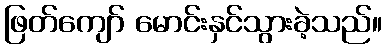
ဖြတ်ကျော် မောင်းနှင်သွားခဲ့သည်။